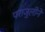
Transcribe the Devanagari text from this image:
पराजुलीने